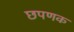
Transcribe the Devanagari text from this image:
छपणक